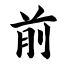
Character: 前